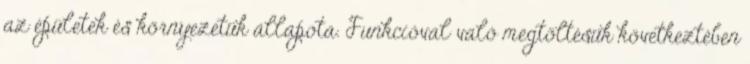
az épületek és környezetük állapota. Funkcióval való megtöltésük következtében